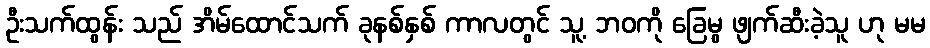
ဦးသက်ထွန်း သည် အိမ်ထောင်သက် ခုနစ်နှစ် ကာလတွင် သူ့ ဘဝကို ခြေမွ ဖျက်ဆီးခဲ့သူ ဟု မမ